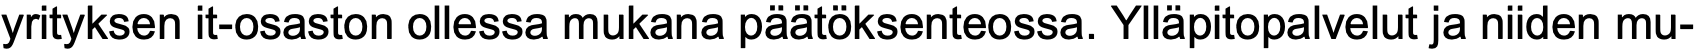
yrityksen it-osaston ollessa mukana päätöksenteossa. Ylläpitopalvelut ja niiden mu-